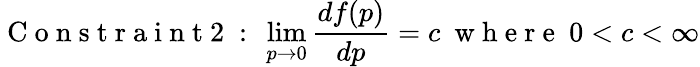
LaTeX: \mathrm{~C~o~n~s~t~r~a~i~n~t~2~:~}\operatorname*{lim}_{p\to 0}\frac{df(p)}{dp}=c~\mathrm{~w~h~e~r~e~}~0<c<\infty